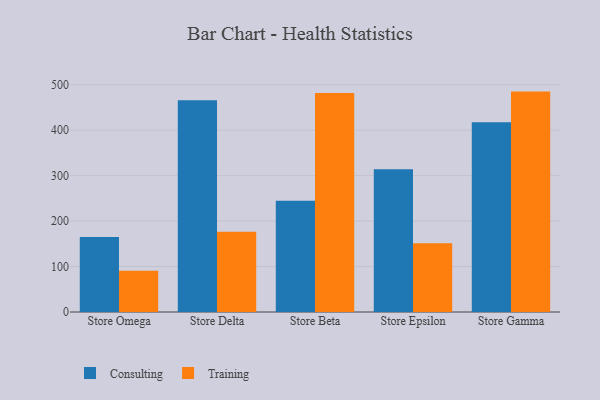
{"axis": {"x": "Store", "y": "Customer Acquisition Cost (USD)"}, "legend": ["Consulting", "Training"], "data": [{"x": "Store Omega", "y": 165.0, "type": "Consulting"}, {"x": "Store Omega", "y": 90.5, "type": "Training"}, {"x": "Store Delta", "y": 465.7, "type": "Consulting"}, {"x": "Store Delta", "y": 176.5, "type": "Training"}, {"x": "Store Beta", "y": 244.6, "type": "Consulting"}, {"x": "Store Beta", "y": 481.8, "type": "Training"}, {"x": "Store Epsilon", "y": 314.1, "type": "Consulting"}, {"x": "Store Epsilon", "y": 151.0, "type": "Training"}, {"x": "Store Gamma", "y": 417.5, "type": "Consulting"}, {"x": "Store Gamma", "y": 484.9, "type": "Training"}]}